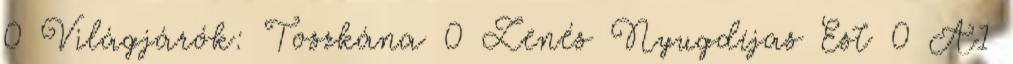
0 Világjárók: Toszkána 0 Zenés Nyugdíjas Est 0 A1